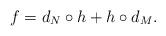
LaTeX: \begin{align*}f = d_N\circ h+h\circ d_M.\end{align*}